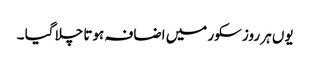
یوں ہر روز سکور میں اضافہ ہوتا چلا گیا ۔